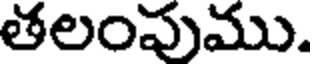
తలంపుము.